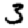
Digit: 3